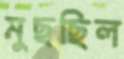
মুছছিল